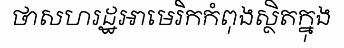
ថាសហរដ្ឋអាមេរិកកំពុងស្ថិតក្នុង